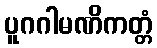
ပူဂဂါမဏိကတ္တံ